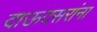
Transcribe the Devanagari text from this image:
दाऊदसरांना